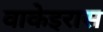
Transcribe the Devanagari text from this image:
वाकेइरास